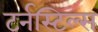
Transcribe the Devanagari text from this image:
टर्नस्टिल्स